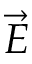
\vec { E }